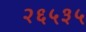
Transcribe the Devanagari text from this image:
२६५३५